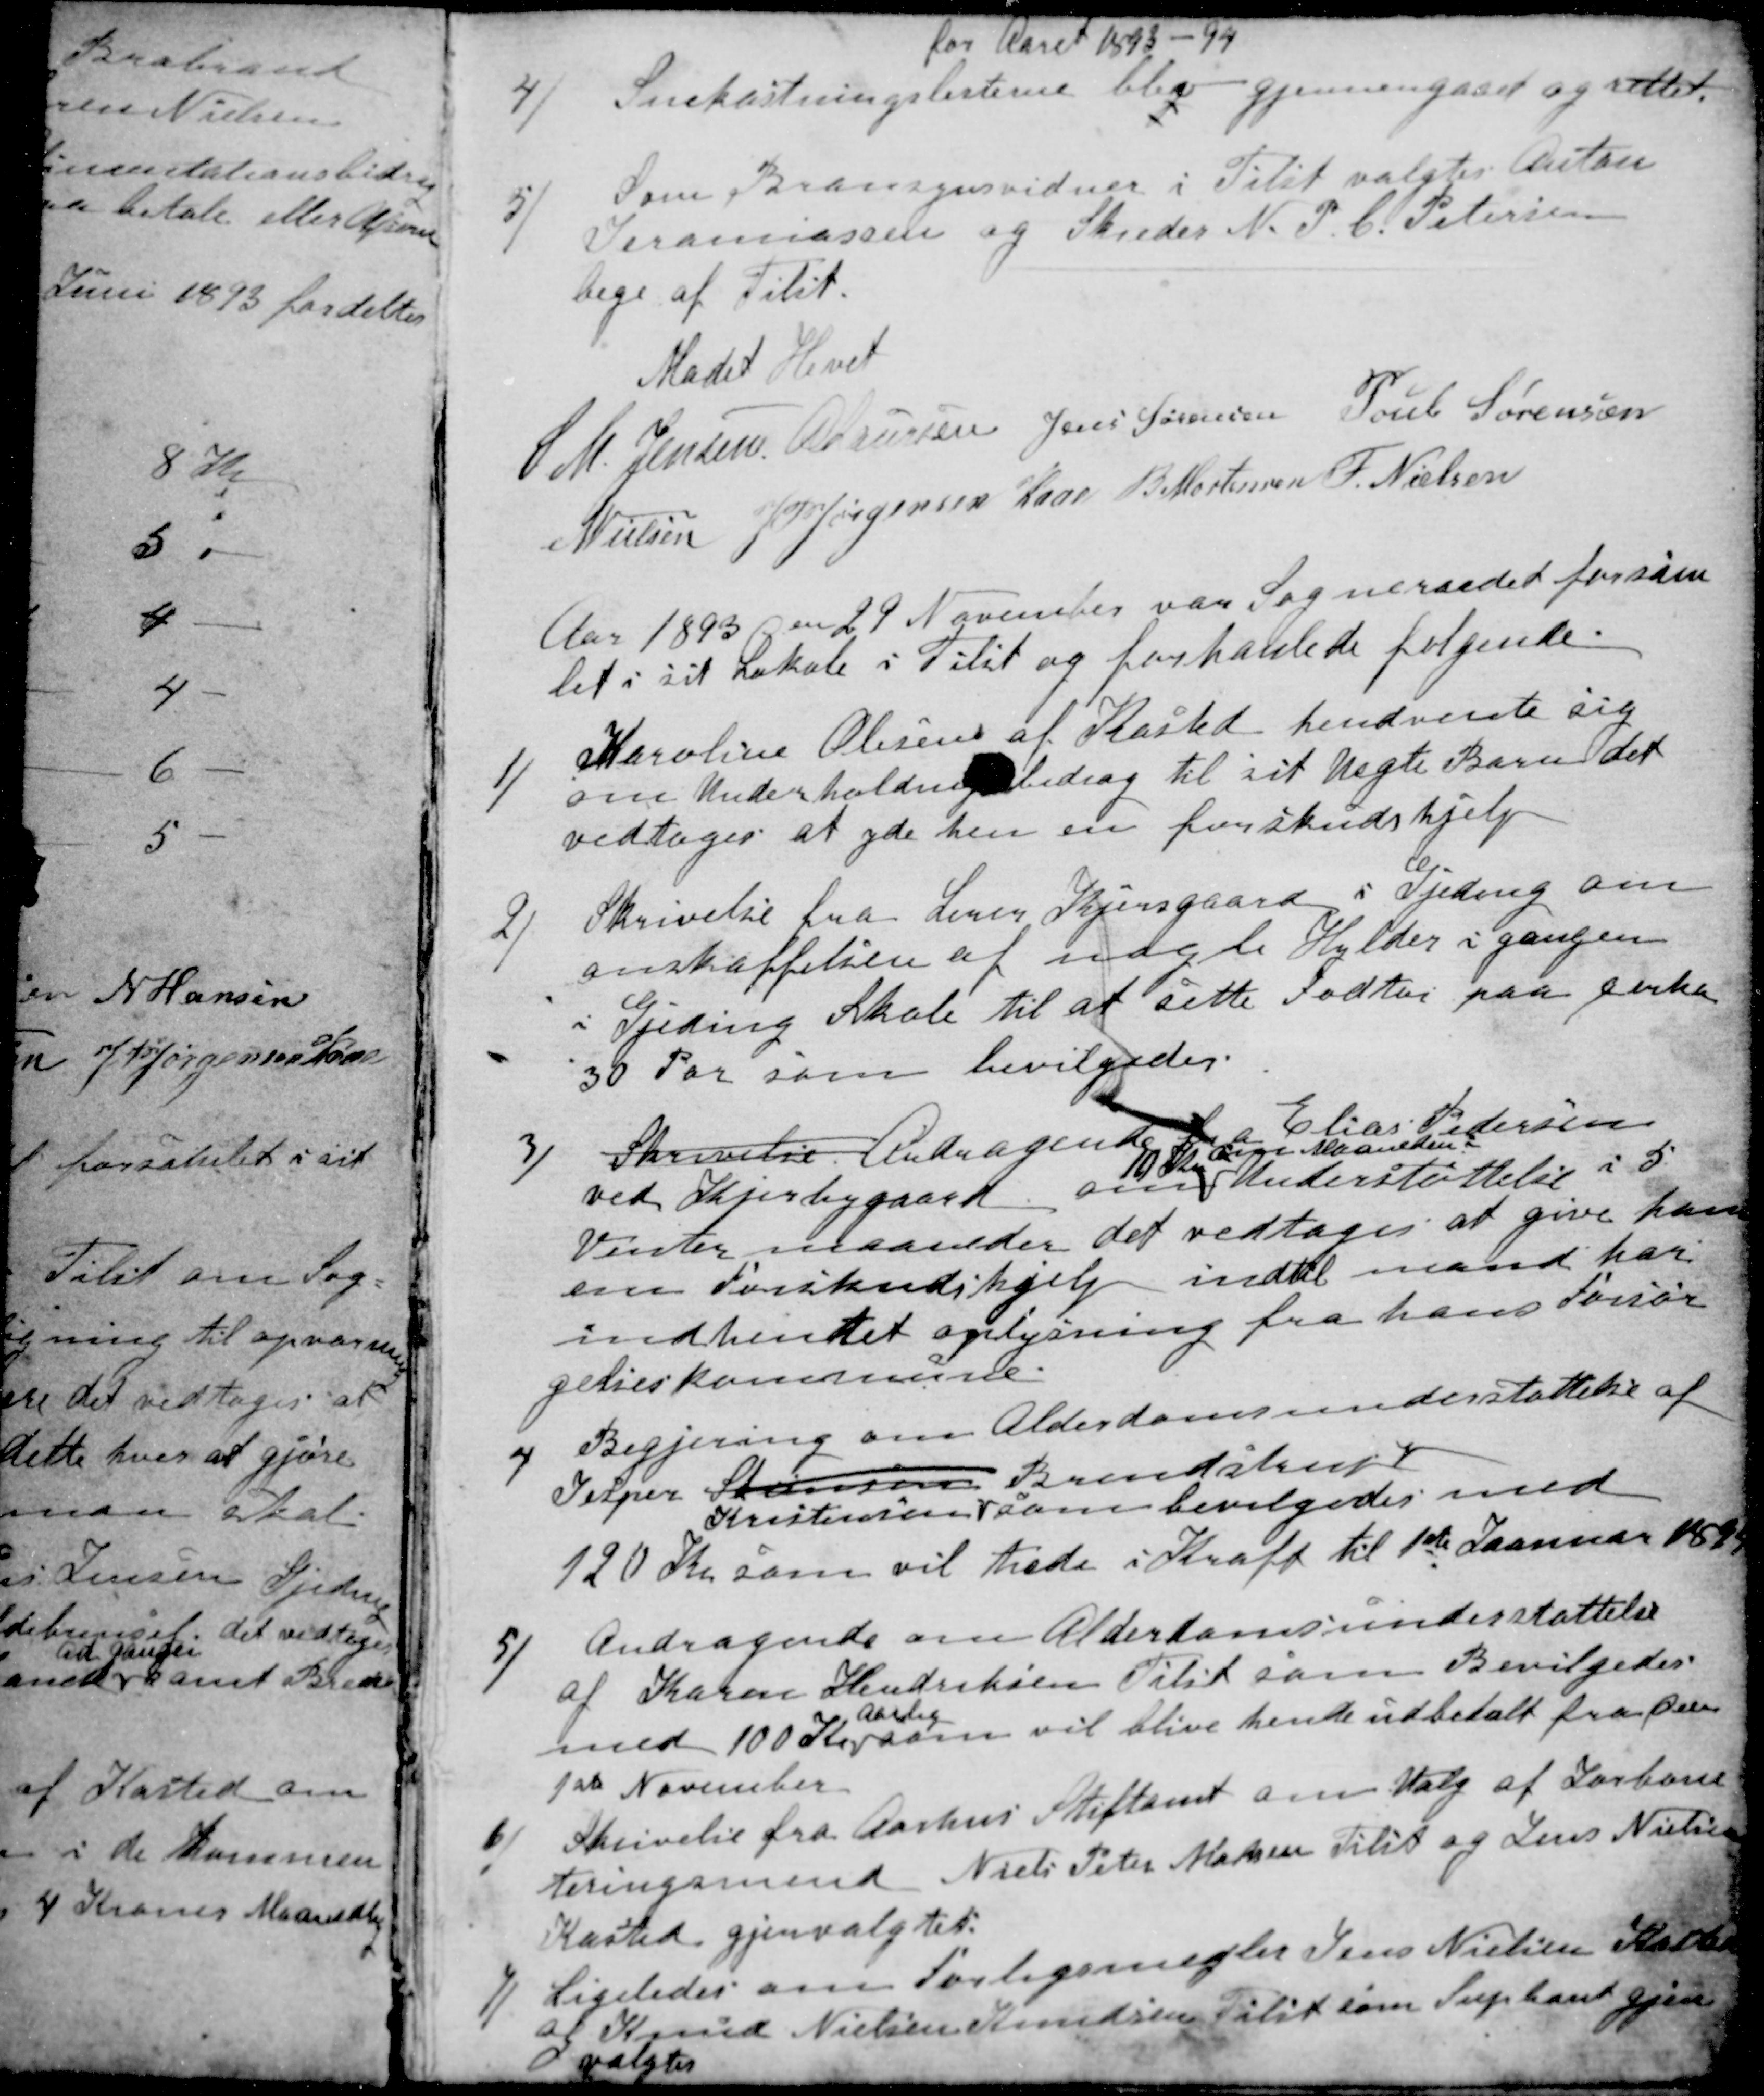
Transskription:
for Aaret 1893-94
4)
Snekastningslisterne
blev gjennemgaaet og rettet.
5)
Som Bransynsvidner i Tilst valgtes Anton
Jeremiassen og Skreder N. P. C. Petersen
bege af Tilst.
Mødet Hevet
S. M. Jensen
A Laursen
Jens Sørensen
Poul Sørensen
N Nielsen
J P Jørgensen Kaae
B Mortensen 
F. Nielsen
Aar 1893 den 29 November var Sogneraadet forsam
let i sit Lokale i Tilst og forhandlede følgende:
1)
Karoline Olesen af Kasted hendvendte sig
om Underholdningsbidrag til sit uægte Barn det
vedtoges at yde hen en forskudshjelp
2)
Skrivelse fra Lerer Kjersgaard i Gjeding om
anskaffelsen af nogle Hylder i gangen
i Gjeding Skole til at sette Fodtøj paa cirka
30 Par som bevilgedes.
3)
Skrivelse Andragende fra Elias Pedersen
ved Kjerbygaard om
10 kr om Maaneden
Understøttelse i 5
Vintermaaneder det vedtoges at give ham
en Forskudshjelp indtil mand har
indhentet oplysning fra hans Forsør
gelseskommune.
4
Begjering om Alderdomsunderstøttelse af
Jesper Stensen 
Kristensen 
Brendstrup
som bevilgedes med
120 Kr som vil træde i Kraft til 1ste Januar 1894
5)
Andragende om Alderdomsunderstøttelse
af Karen Hendriksen Tilst som Bevilgedes
med 100 Kr
Aarlig
som vil blive hende udbetalt fra den
1ste November
6)
Skrivelse fra Aarhus Stiftamt om Valg af Jorboni-
teringsmend Niels Peter Madsen Tilst og Jens Nielsen
Kasted gjenvalgtes:
7)
Ligeledes om Forligsmægler Jens Nielsen Kasted
og Knud Nielsen Knudsen Tilst som Supleant gjen
 valgtes